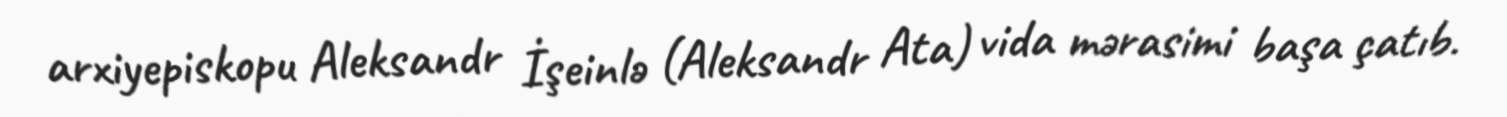
arxiyepiskopu Aleksandr İşeinlə (Aleksandr Ata) vida mərasimi başa çatıb.